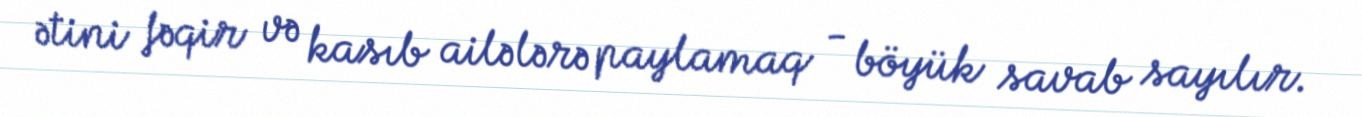
ətini fəqir və kasıb ailələrə paylamaq - böyük savab sayılır.